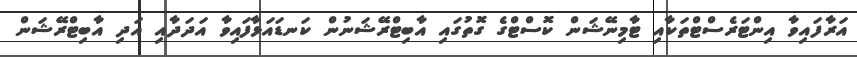
އަރާފައިވާ އިންޓަރެސްޓްތަކާއި ޓާމިނޭޝަން ކޮސްޓްގެ ގޮތުގައި އާބިޓްރޭޝަނުން ކަނޑައަޅާފައިވާ އަދަދާއި އަދި އާބިޓްރޭޝަން